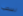
نسحب